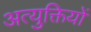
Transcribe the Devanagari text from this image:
अत्युक्तियों